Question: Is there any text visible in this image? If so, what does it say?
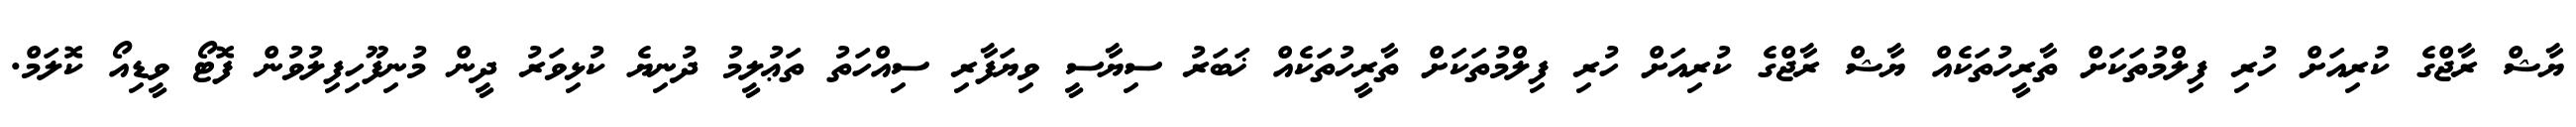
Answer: ޔާޝް ރާޖްގެ ކުރިއަށް ހުރި ފިލްމުތަކަށް ތާރީހުތަކެއް ޔާޝް ރާޖްގެ ކުރިއަށް ހުރި ފިލްމުތަކަށް ތާރީހުތަކެއް ޚަބަރު ސިޔާސީ ވިޔަފާރި ސިއްހަތު ތަޢުލީމު ދުނިޔެ ކުޅިވަރު ދީން މުނިފޫހިފިލުވުން ފޮޓޯ ވީޑިއޯ ކޮލަމް.